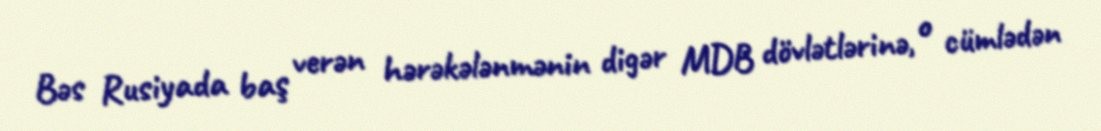
Bəs Rusiyada baş verən hərəkələnmənin digər MDB dövlətlərinə, o cümlədən